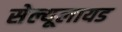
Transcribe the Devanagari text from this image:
सेल्यूलायड